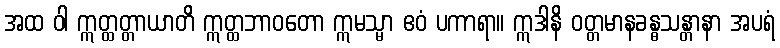
အထ ဝါ ဣတ္ထတ္တာယာတိ ဣတ္ထဘာဝတော ဣမသ္မာ ဧဝံ ပကာရာ။ ဣဒါနိ ဝတ္တမာနခန္ဓသန္တာနာ အပရံ